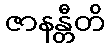
ဇာနန္တီတိ